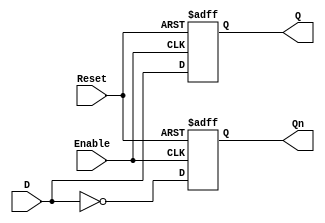
module LatchRegister #(
    parameter N = 8 // Number of bits in the register
)(
    input wire [N-1:0] D,        // Data input
    input wire Enable,            // Control signal
    input wire Reset,             // Asynchronous reset signal
    output reg [N-1:0] Q,         // Data output
    output reg [N-1:0] Qn         // Complementary output
);

// Asynchronous reset logic
always @(posedge Reset or posedge Enable) begin
    if (Reset) begin
        Q <= {N{1'b0}};           // Initialize to 0
        Qn <= {N{1'b1}};          // Complementary output initialized to 1
    end else if (Enable) begin
        Q <= D;                   // Latch the input data
        Qn <= ~D;                 // Update complementary output
    end
end

endmodule